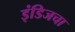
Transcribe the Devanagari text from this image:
इंडिजचा